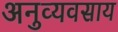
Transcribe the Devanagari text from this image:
अनुव्यवसाय